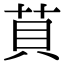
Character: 𦮷